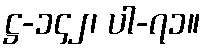
ဋ္ဌ-၁၄၂၊ ပါ-၇၁။